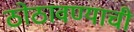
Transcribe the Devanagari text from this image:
ठोठावण्याची